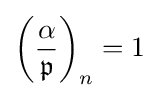
\left({\frac {\alpha }{\mathfrak {p}}}\right)_{n}=1